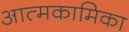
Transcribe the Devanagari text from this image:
आत्मकामिका